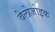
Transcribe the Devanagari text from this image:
वेलोजोइक